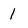
Character: 1